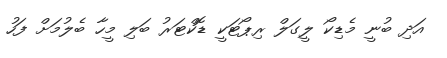
އަދި ބުނީ މެޑިކޯ ލީގަލް ރިޕޯޓަކީ ޑޮކްޓަރު ބަލި މީހާ ބެލުމަށް ފަހު